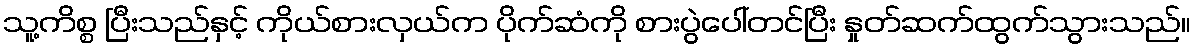
သူ့ကိစ္စ ပြီးသည်နှင့် ကိုယ်စားလှယ်က ပိုက်ဆံကို စားပွဲပေါ်တင်ပြီး နှုတ်ဆက်ထွက်သွားသည်။